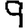
Digit: 9